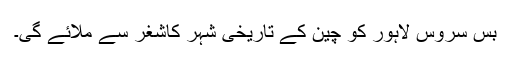
بس سروس لاہور کو چین کے تاریخی شہر کاشغر سے ملائے گی۔